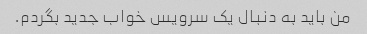
من باید به دنبال یک سرویس خواب جدید بگردم.